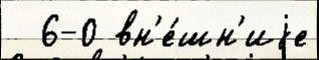
  6-0 вн'е́шн'иjе